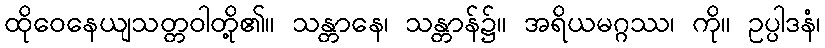
ထိုဝေနေယျသတ္တဝါတို့၏။ သန္တာနေ၊ သန္တာန်၌။ အရိယမဂ္ဂဿ၊ ကို။ ဥပ္ပါဒနံ၊